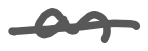
Text: an
Cross-out: single-line
Writing tool: digital_gray